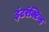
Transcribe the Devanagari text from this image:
इंटरॅक्टिव्ह